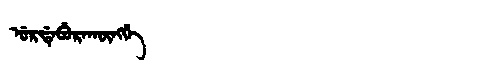
Manchu: ᡠᡵᡩᡝᠪᡠᡵᠠᡴᡡᠩᡤᡝ
Romanization: URDEBURAKŪNGGE